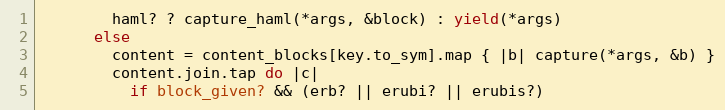
Language: Ruby
        haml? ? capture_haml(*args, &block) : yield(*args)
      else
        content = content_blocks[key.to_sym].map { |b| capture(*args, &b) }
        content.join.tap do |c|
          if block_given? && (erb? || erubi? || erubis?)